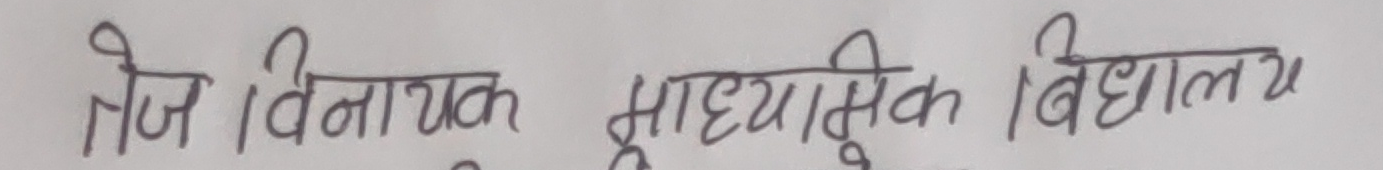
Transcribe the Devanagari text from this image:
तेज विनायक माध्यमिक विद्यालय